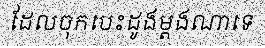
ដែលចុកបេះដូងម្តងណាទេ